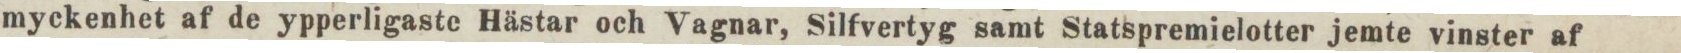
myckenhet af de ypperligaste Hästar och Vagnar, Silfvertyg samt Statspremielotter jemte vinster af